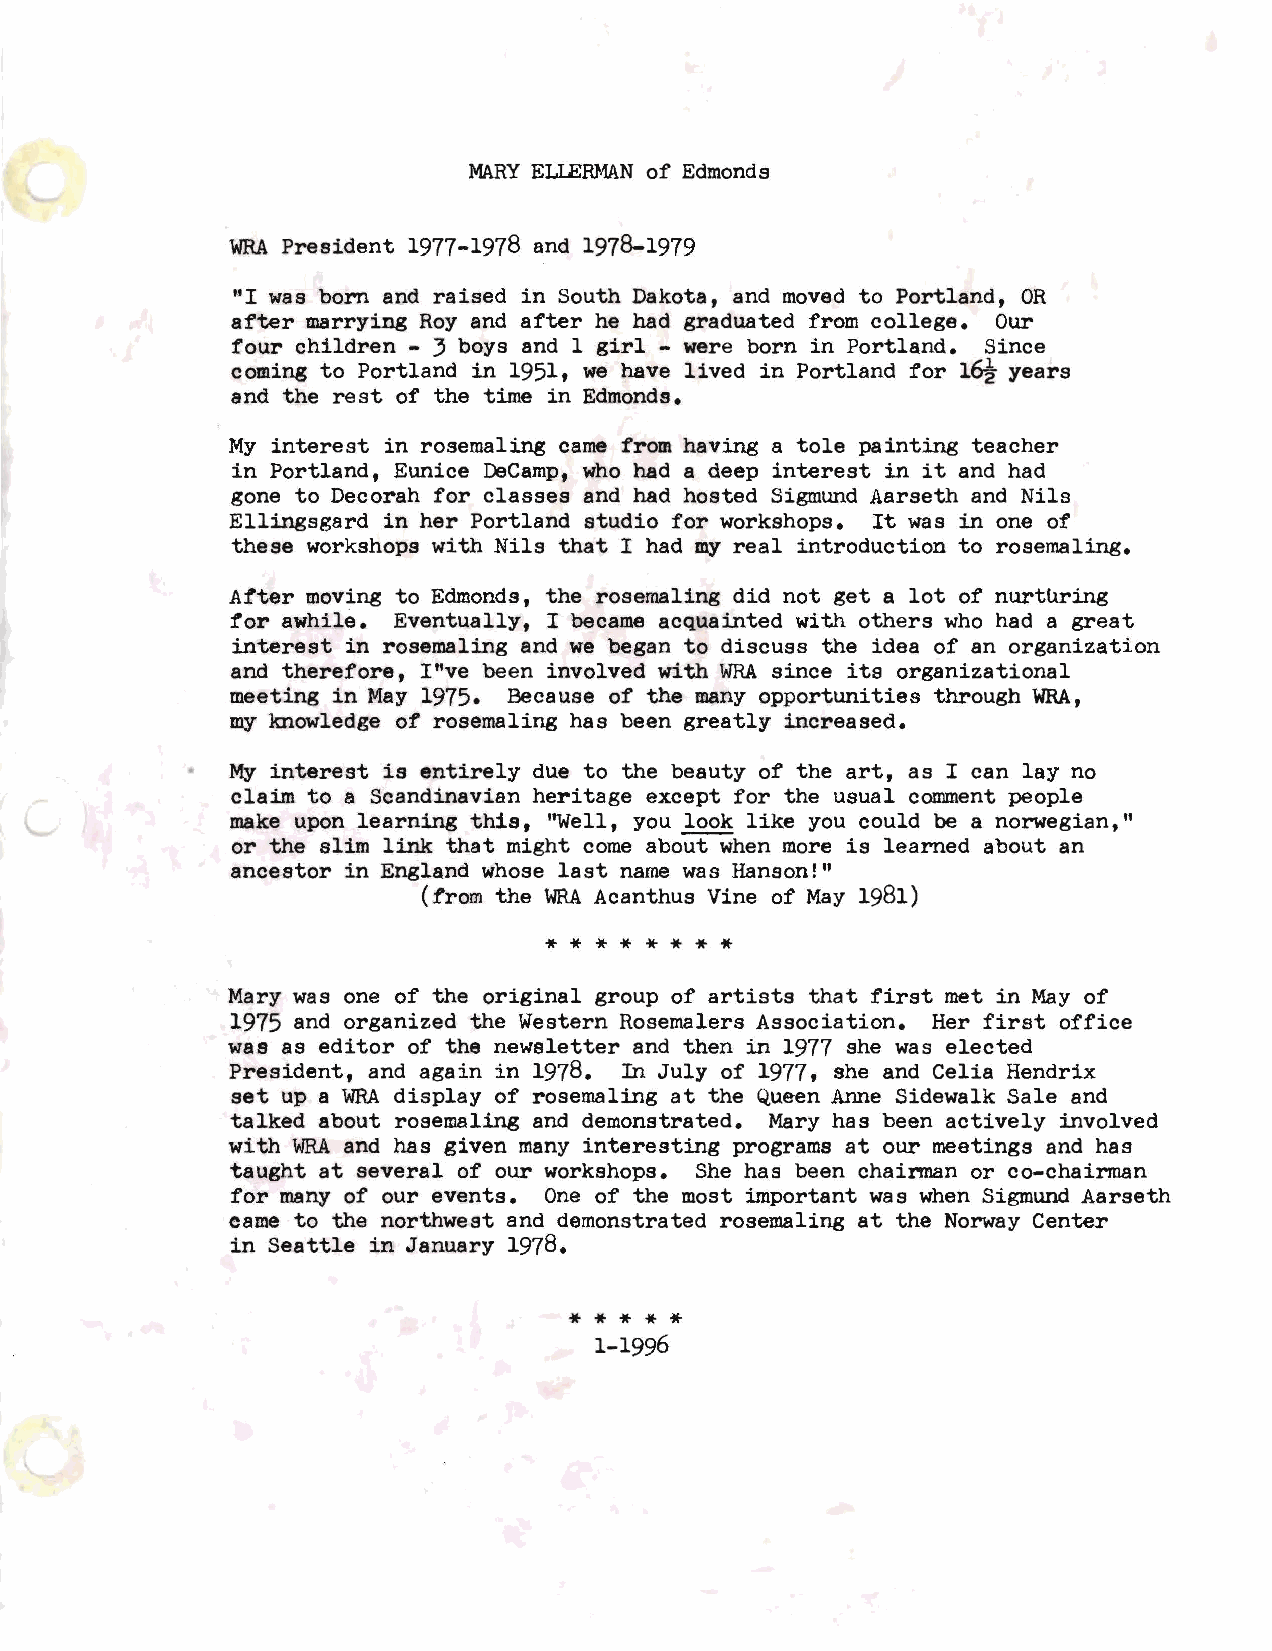
MARYE LIERMANo f Edmonds
 WRAP resident 1977-1978 and 1978-1979
 ''I was born and raised in South Dakota, and moved to Portland, OR
 after marrying Roy and after he had graduated from college. Our
 four children - 3 boys and 1 girl - were born in Portland. Since
 coming to Portland in 1951, we have lived in Portland for 16½ years
 and the rest of the time in Edmonds.
 My interest in rosemaling came from having a tole painting teacher
 in Portland, Eunice DeCamp, who had a deep interest in it and had
 gone to Decorah for classes and had hosted Sigmund Aarseth and Nils
 Ellingsgard in her Portland studio for workshops. It was in one of
 these workshops with Nils that I had my real introduction to rosemaling.
 After moving to Edmonds, the rosernaling did not get a lot of nurturing
 for awhile. Eventually, I became acquainted with others who had a great
 interest in rosemaling and we began to discuss the idea of an organization
 and therefore, I"ve been involved with WRAs ince its organizational
 meeting in May 1975. Because of the many opportunities through WRA,
 my lmowledge of rosemaling has been greatly increased.
 My interest is entirely due to the beauty of the art, as I can lay no
 claim to a Scandinavian heritage except for the usual comment people
 make upon learning this, ''Well, you look like you could be a norwegian, 11
 or the slim link that might come about when more is learned about an
 ancestor in England whose last name was Hanson!"
 (from the WRAA canthus Vine of May 1981)
 * * * * * * * *
 Mary was one of the original group of artists that first met in May of
 1975 and organized the Western Rosemalers Association. Her first office
 was as editor of the newsletter and then in 1977 she was elected
 President, and again in 1978. In July of 1977, she and Celia Hendrix
 set up a WRAd isplay of rosemaling at the Queen Anne Sidewalk Sale and
 talked about rosemaling and demonstrated. Mary has been actively involved
 with WRAa nd has given many interesting programs at our meetings and has
 taught at several of our workshops. She has been chainnan or co-chainnan
 for many of our events. One of the most important was when Sigmund Aarseth
 came to the northwest and demonstrated rosemaling at the Norway Center
 in Seattle in January 1978.
 * * * * *
 1-1996